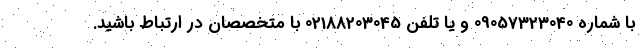
با شماره 09057323040 و یا تلفن 02188203045 با متخصصان در ارتباط باشید.